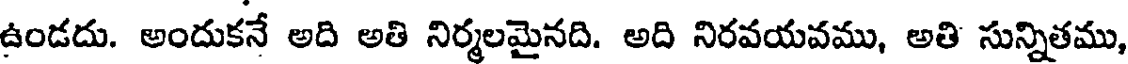
ఉండదు. అందుకనే అది అతి నిర్మలమైనది. అది నిరవయవము, అతి సున్నితము,